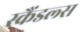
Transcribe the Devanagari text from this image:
स्‍कैंडल्‍स